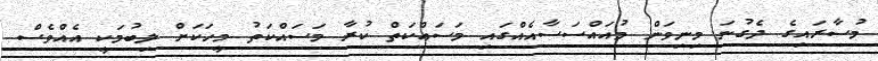
މުސާރައިގެ ދެގުނަ މިނިވަން މުއައްސަސާއެއްގައި މަސައްކަތް ކުރާ މަސައްކަތު މީހަކަށް ލިބުމަކީ އެއްވެސް